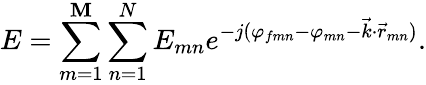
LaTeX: E=\sum_{m=1}^{\mathbf{M}}\sum_{n=1}^{N}E_{mn}e^{-j(\varphi_{fmn}-\varphi_{mn}-\vec{{k}}\cdot\vec{{r}}_{mn})}.